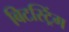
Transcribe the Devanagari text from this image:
बिटस्ट्रिंग